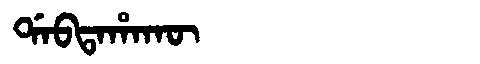
Manchu: ᡩᠠᠪᡨᠠᡥᠠᡴᡡ
Romanization: DABTAHAKŪ